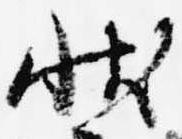
状